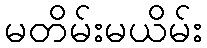
မတိမ်းမယိမ်း